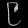
Digit: ၉